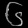
Digit: ၆